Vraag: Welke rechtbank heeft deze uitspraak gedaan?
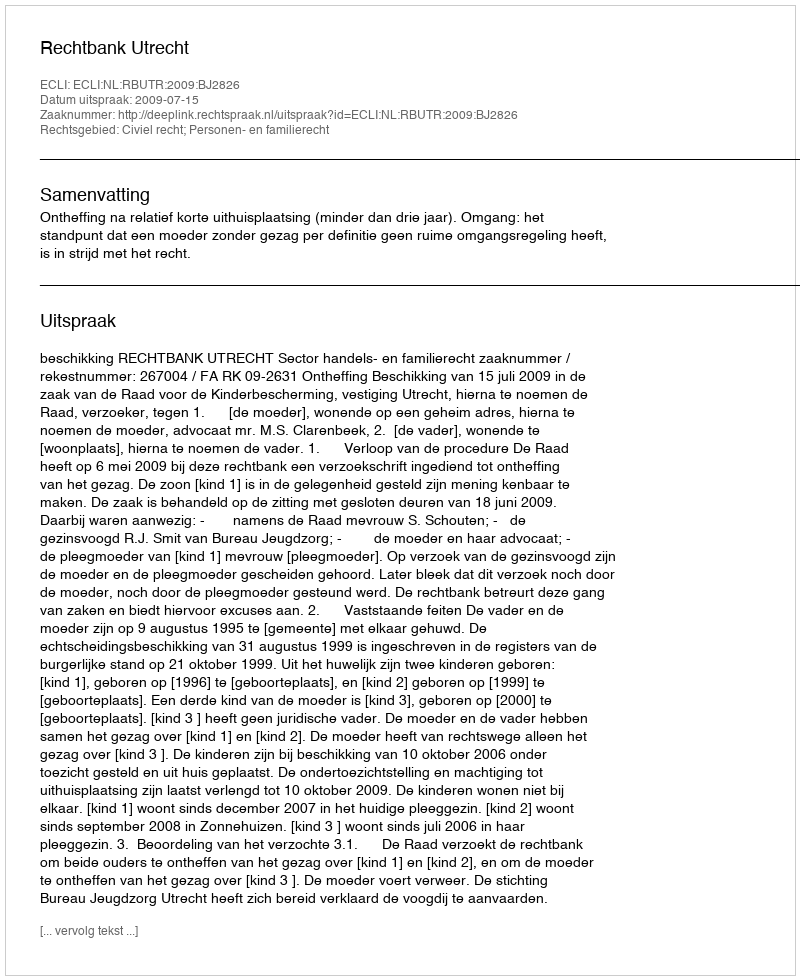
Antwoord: Rechtbank Utrecht